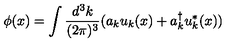
\phi ( x ) = \int \frac { d ^ { 3 } k } { ( 2 \pi ) ^ { 3 } } ( a _ { k } u _ { k } ( x ) + a _ { k } ^ { \dagger } u _ { k } ^ { * } ( x ) )